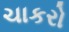
ચાકરો